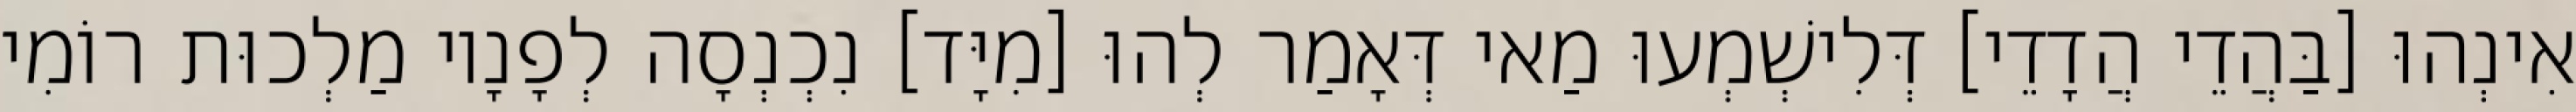
אִינְהוּ [בַּהֲדֵי הֲדָדֵי] דְּלִישְׁמְעוּ מַאי דְּאָמַר לְהוּ [מִיָּד] נִכְנְסָה לְפָנָיו מַלְכוּת רוֹמִי